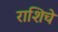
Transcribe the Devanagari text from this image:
राशिचे